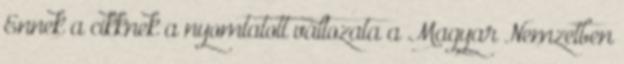
Ennek a cikknek a nyomtatott változata a Magyar Nemzetben